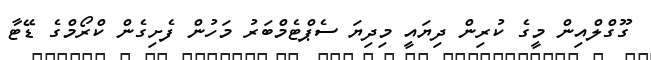
ގޫގްލްއިން މީގެ ކުރިން ދިޔައީ މިދިޔަ ސެޕްޓެމްބަރު މަހުން ފެށިގެން ކްރޯމްގެ ޑޭޓާ